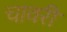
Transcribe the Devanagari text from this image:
चावरी